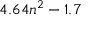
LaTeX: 4 . 6 4 n ^ { 2 } - 1 . 7